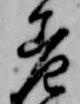
差